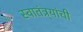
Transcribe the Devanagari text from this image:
स्वातंत्र्यांची